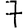
Digit: 7